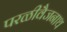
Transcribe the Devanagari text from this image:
परळीवैजनाथ